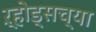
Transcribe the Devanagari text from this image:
ऱ्होड्सच्या